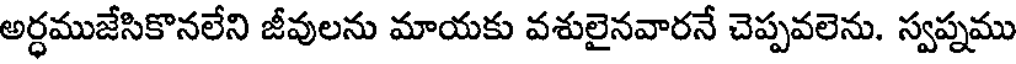
అర్ధముజేసికొనలేని జీవులను మాయకు వశులైనవారనే చెప్పవలెను. స్వప్నము